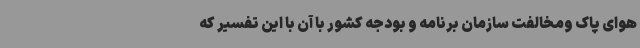
هوای پاک ومخالفت سازمان برنامه و بودجه کشور با آن با این تفسیر که